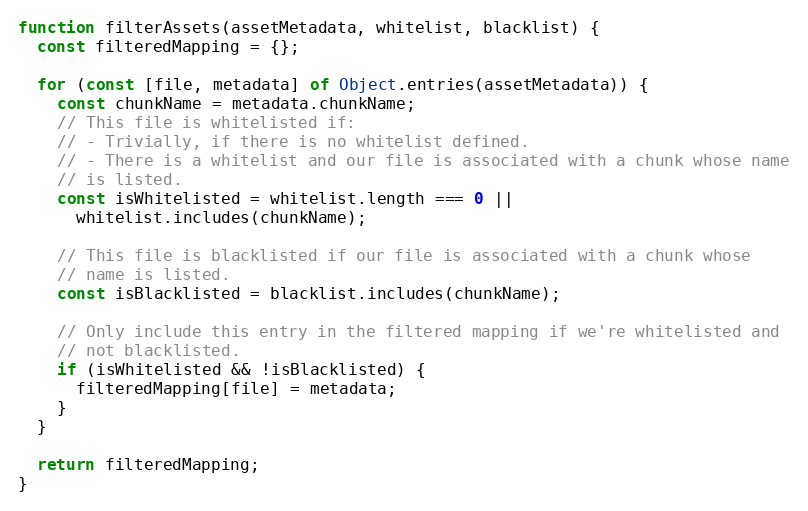
Language: JavaScript
function filterAssets(assetMetadata, whitelist, blacklist) {
  const filteredMapping = {};

  for (const [file, metadata] of Object.entries(assetMetadata)) {
    const chunkName = metadata.chunkName;
    // This file is whitelisted if:
    // - Trivially, if there is no whitelist defined.
    // - There is a whitelist and our file is associated with a chunk whose name
    // is listed.
    const isWhitelisted = whitelist.length === 0 ||
      whitelist.includes(chunkName);

    // This file is blacklisted if our file is associated with a chunk whose
    // name is listed.
    const isBlacklisted = blacklist.includes(chunkName);

    // Only include this entry in the filtered mapping if we're whitelisted and
    // not blacklisted.
    if (isWhitelisted && !isBlacklisted) {
      filteredMapping[file] = metadata;
    }
  }

  return filteredMapping;
}